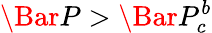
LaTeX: \Bar{P}>\Bar{P}_{c}^{b}